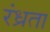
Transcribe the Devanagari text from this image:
रंध्रता